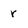
Character: r